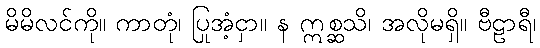
မိမိလင်ကို။ ကာတုံ၊ ပြုအံ့ငှာ။ န ဣစ္ဆသိ၊ အလိုမရှိ။ ဗီဠာရီ၊